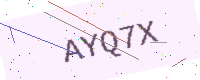
Text: AYQ7X